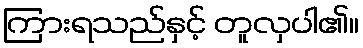
ကြားရသည်နှင့် တူလှပါ၏။